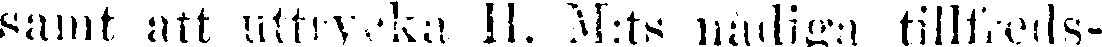
samt att uttrycka 11. M:ts nådiga tillfreds-